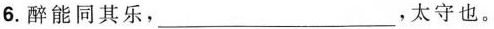
6.醉能同其乐，___，太守也。